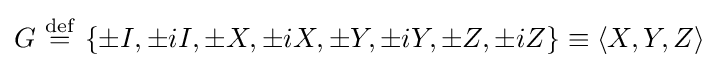
G\ {\stackrel {\mathrm {def} }{=}}\ \{\pm I,\pm iI,\pm X,\pm iX,\pm Y,\pm iY,\pm Z,\pm iZ\}\equiv \langle X,Y,Z\rangle